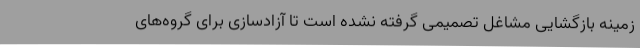
زمینه بازگشایی مشاغل تصمیمی گرفته نشده است تا آزادسازی برای گروه‌های